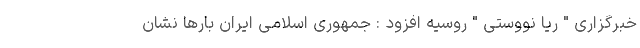
خبرگزاری " ریا نووستی " روسیه افزود : جمهوری اسلامی ایران بارها نشان